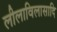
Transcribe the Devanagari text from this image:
लीलाविलासादि